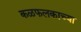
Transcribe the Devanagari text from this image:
कळफलकाच्या